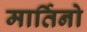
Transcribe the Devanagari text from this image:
मार्तिनो